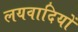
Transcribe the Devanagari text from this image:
लयवादियों